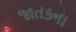
જાતકના